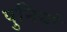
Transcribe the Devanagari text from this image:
पुनियां